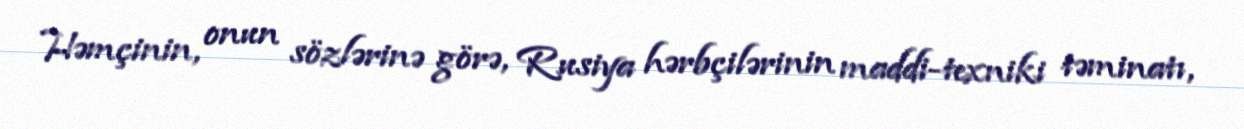
Həmçinin, onun sözlərinə görə, Rusiya hərbçilərinin maddi-texniki təminatı,